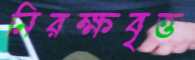
নিরক্ষবৃত্ত